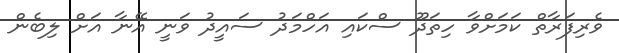
ވެރިފަރާތް ކަމަށްވާ ހިތަދޫ ސްކައި އަހްމަދު ސައީދު ވަނީ އޭނާ އަށް ލިބެން